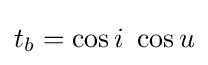
t_{b}=\cos i\ \cos u